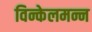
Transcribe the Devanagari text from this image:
विन्केलमन्न